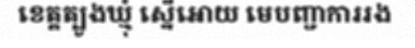
ខេត្តត្បូងឃ្មុំ ស្នើអោយ មេបញ្ជាការរង